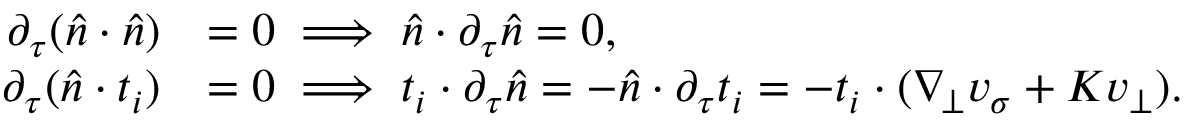
\begin{array} { r l } { \partial _ { \tau } ( \widehat { n } \cdot \widehat { n } ) } & { = 0 \implies \widehat { n } \cdot \partial _ { \tau } \widehat { n } = 0 , } \\ { \partial _ { \tau } ( \widehat { n } \cdot t _ { i } ) } & { = 0 \implies t _ { i } \cdot \partial _ { \tau } \widehat { n } = - \widehat { n } \cdot \partial _ { \tau } t _ { i } = - t _ { i } \cdot ( \nabla _ { \! \bot } v _ { \sigma } + K v _ { \bot } ) . } \end{array}